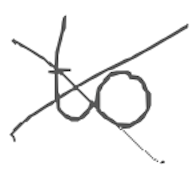
Text: to
Cross-out: cross
Writing tool: digital_gray